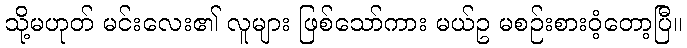
သို့မဟုတ် မင်းလေး၏ လူများ ဖြစ်သော်ကား မယ်ဥ မစဉ်းစားဝံ့တော့ပြီ။